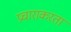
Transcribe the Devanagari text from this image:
प्रचाराकरता